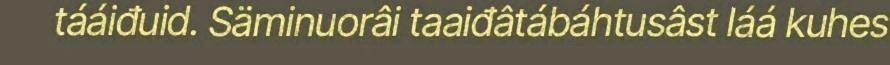
tááiđuid. Säminuorâi taaiđâtábáhtusâst láá kuhes